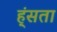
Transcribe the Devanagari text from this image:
ह्ंसता